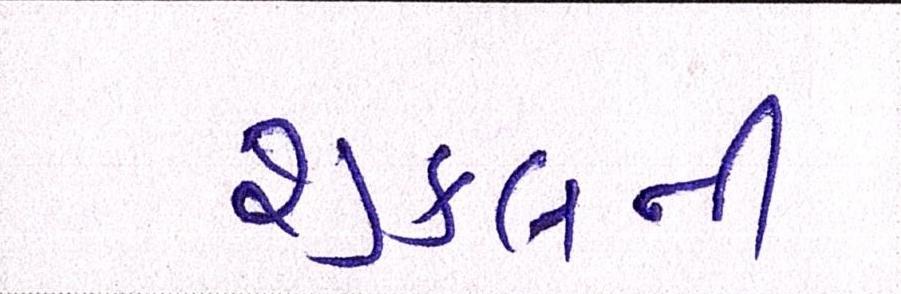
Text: શુક્લની